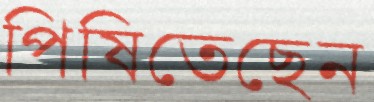
পিষিতেছেন